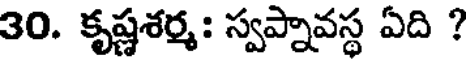
30. కృష్ణశర్మ: స్వప్నావస్థ ఏది ?